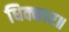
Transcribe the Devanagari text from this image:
धिक्कार॥